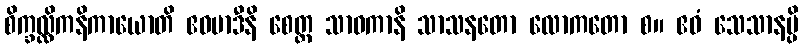
စိက္ခလ္လိကနိကာယောတိ ဧဝမာဒီနိ စေတ္ထ သာဓကာနိ သာသနတော လောကတော စ။ ဧဝံ သေသာနမ္ပိ